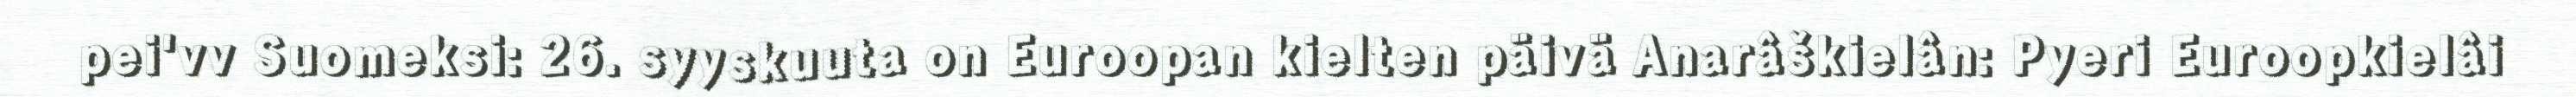
pei'vv Suomeksi: 26. syyskuuta on Euroopan kielten päivä Anarâškielân: Pyeri Euroopkielâi